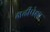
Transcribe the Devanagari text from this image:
गढीपेक्षा